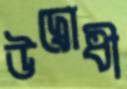
উদ্বোধী